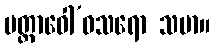
ပတ္ထာဝေါ’ဝသရော သမာ။